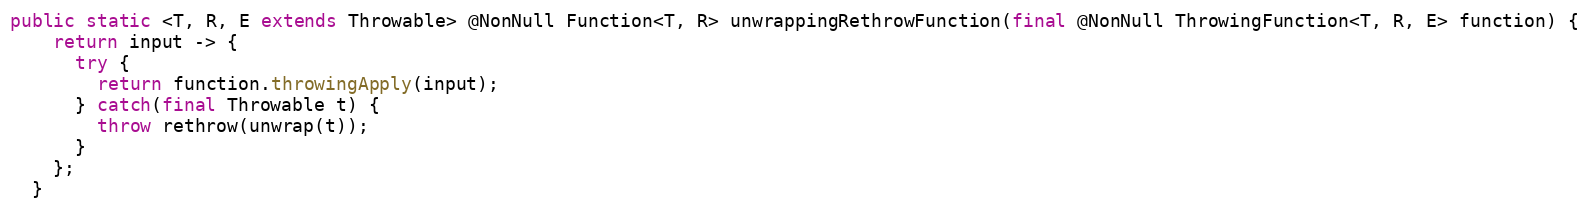
Language: Java
public static <T, R, E extends Throwable> @NonNull Function<T, R> unwrappingRethrowFunction(final @NonNull ThrowingFunction<T, R, E> function) {
    return input -> {
      try {
        return function.throwingApply(input);
      } catch(final Throwable t) {
        throw rethrow(unwrap(t));
      }
    };
  }